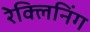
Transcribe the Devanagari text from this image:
रेक्लिनिंग